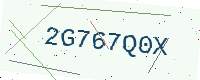
Text: 2G767Q0X